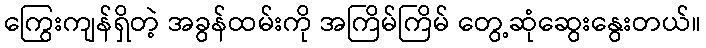
ကြွေးကျန်ရှိတဲ့ အခွန်ထမ်းကို အကြိမ်ကြိမ် တွေ့ဆုံဆွေးနွေးတယ်။